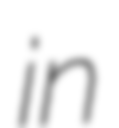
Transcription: in